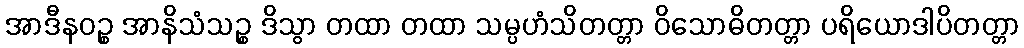
အာဒီနဝဉ္စ အာနိသံသဉ္စ ဒိသွာ တထာ တထာ သမ္ပဟံသိတတ္တာ ဝိသောဓိတတ္တာ ပရိယောဒါပိတတ္တာ